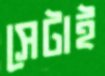
সেটাই